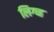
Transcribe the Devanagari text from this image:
लिग्च्ह